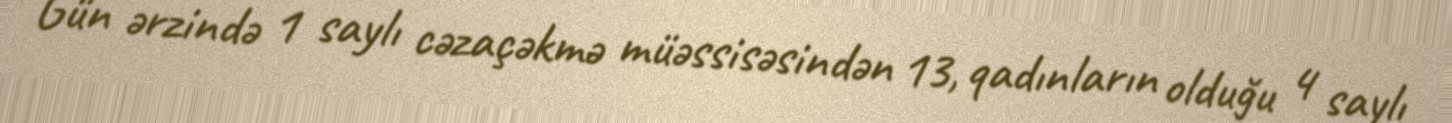
Gün ərzində 1 saylı cəzaçəkmə müəssisəsindən 13, qadınların olduğu 4 saylı